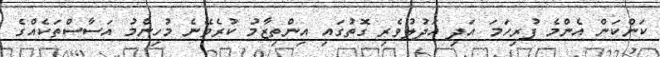
ކަންކަން އެންމެ ފުރިހަމަ އަދި އަދުލުވެރި ގޮތުގައި އިންތިޒާމު ކުރެވޭނެ މުހިންމު އަސާސްތަކެއްގެ